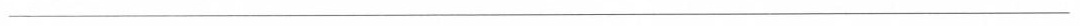
___